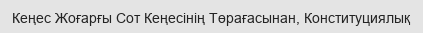
Кеңес Жоғарғы Сот Кеңесінің Төрағасынан, Конституциялық